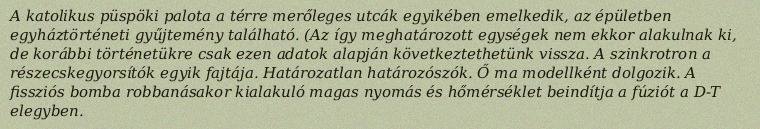
A katolikus püspöki palota a térre merőleges utcák egyikében emelkedik, az épületben egyháztörténeti gyűjtemény található. (Az így meghatározott egységek nem ekkor alakulnak ki, de korábbi történetükre csak ezen adatok alapján következtethetünk vissza. A szinkrotron a részecskegyorsítók egyik fajtája. Határozatlan határozószók. Ő ma modellként dolgozik. A fissziós bomba robbanásakor kialakuló magas nyomás és hőmérséklet beindítja a fúziót a D-T elegyben.